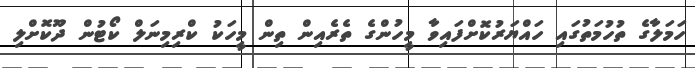
ހަމަލާގެ ތުހުމަތުގައި ހައްޔަރުކޮށްފައިވާ މީހުންގެ ތެރެއިން ތިން މީހަކު ކްރިމިނަލް ކޯޓުން ދޫކޮށްލި